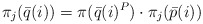
\begin{align*}\pi_j(\bar q(i)) = \pi(\bar q(i)^P)\cdot \pi_j(\bar p(i))\end{align*}